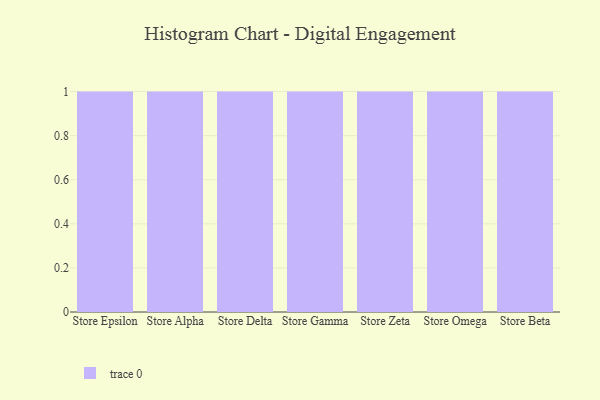
{"axis": {"x": "Store", "y": "Conversion Rate (%)"}, "legend": [""], "data": [{"x": "Store Epsilon", "y": 28, "type": ""}, {"x": "Store Alpha", "y": 54, "type": ""}, {"x": "Store Delta", "y": 15, "type": ""}, {"x": "Store Gamma", "y": 94, "type": ""}, {"x": "Store Zeta", "y": 73, "type": ""}, {"x": "Store Omega", "y": 45, "type": ""}, {"x": "Store Beta", "y": 59, "type": ""}]}